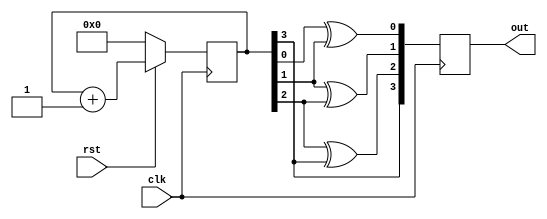
`timescale 1ns / 1ps
//////////////////////////////////////////////////////////////////////////////////
// Company: 
// Engineer: 
// 
// Design Name: 
// Module Name: Gray_Counter
// Project Name: 
// Target Devices: 
// Tool Versions: 
// Description: 
// 
// Dependencies: 
// 
// Revision:
// Revision 0.01 - File Created
// Additional Comments:
// 
//////////////////////////////////////////////////////////////////////////////////


module Gray_Counter(clk, out, rst);
    input clk, rst;
    reg [3:0] outb;
    output reg [3:0] out;
    integer i;
    always @ (posedge clk)
    begin
        if(!rst)
            outb <= 0;
        else
            outb <= outb+1;
        for (i = 0; i < 3; i = i + 1)
            out[i] = outb[i] ^ outb[i+1];
        out[3] = outb[3];
    end
endmodule